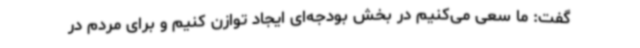
گفت: ما سعی می‌کنیم در بخش بودجه‌ای ایجاد توازن کنیم و برای مردم در